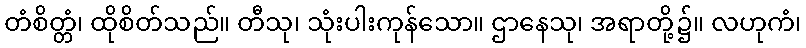
တံစိတ္တံ၊ ထိုစိတ်သည်။ တီသု၊ သုံးပါးကုန်သော။ ဌာနေသု၊ အရာတို့၌။ လဟုကံ၊